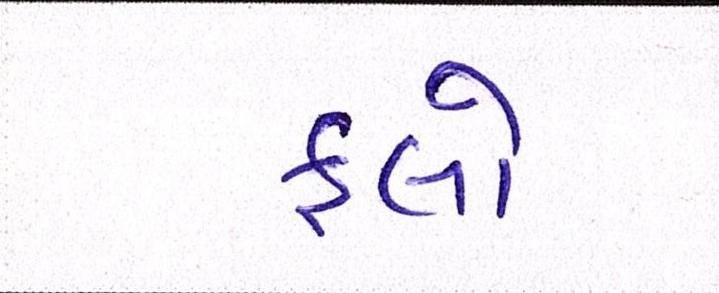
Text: ફ્લો